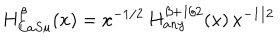
H _ { C a S u } ^ { \beta } ( x ) = x ^ { - 1 / 2 } \, H _ { a n y } ^ { \beta + 1 / 2 } ( x ) \, x ^ { - 1 / 2 }